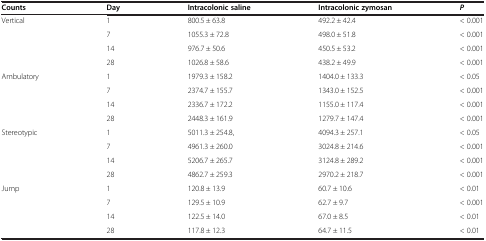
<table><thead><tr><td><b>Counts</b></td><td><b>Day</b></td><td><b>Intracolonic saline</b></td><td><b>Intracolonic zymosan</b></td><td><b><i>P</i></b></td></tr></thead><tbody><tr><td>Vertical</td><td>1</td><td>800.5 ± 63.8</td><td>492.2 ± 42.4</td><td>&lt; 0.001</td></tr><tr><td> </td><td>7</td><td>1055.3 ± 72.8</td><td>498.0 ± 51.8</td><td>&lt; 0.001</td></tr><tr><td> </td><td>14</td><td>976.7 ± 50.6</td><td>450.5 ± 53.2</td><td>&lt; 0.001</td></tr><tr><td> </td><td>28</td><td>1026.8 ± 58.6</td><td>438.2 ± 49.9</td><td>&lt; 0.001</td></tr><tr><td>Ambulatory</td><td>1</td><td>1979.3 ± 158.2</td><td>1404.0 ± 133.3</td><td>&lt; 0.05</td></tr><tr><td> </td><td>7</td><td>2374.7 ± 155.7</td><td>1343.0 ± 152.5</td><td>&lt; 0.001</td></tr><tr><td> </td><td>14</td><td>2336.7 ± 172.2</td><td>1155.0 ± 117.4</td><td>&lt; 0.001</td></tr><tr><td> </td><td>28</td><td>2448.3 ± 161.9</td><td>1279.7 ± 147.4</td><td>&lt; 0.001</td></tr><tr><td>Stereotypic</td><td>1</td><td>5011.3 ± 254.8,</td><td>4094.3 ± 257.1</td><td>&lt; 0.05</td></tr><tr><td> </td><td>7</td><td>4961.3 ± 260.0</td><td>3024.8 ± 214.6</td><td>&lt; 0.001</td></tr><tr><td> </td><td>14</td><td>5206.7 ± 265.7</td><td>3124.8 ± 289.2</td><td>&lt; 0.001</td></tr><tr><td> </td><td>28</td><td>4862.7 ± 259.3</td><td>2970.2 ± 218.7</td><td>&lt; 0.001</td></tr><tr><td>Jump</td><td>1</td><td>120.8 ± 13.9</td><td>60.7 ± 10.6</td><td>&lt; 0.01</td></tr><tr><td> </td><td>7</td><td>129.5 ± 10.9</td><td>62.7 ± 9.7</td><td>&lt; 0.001</td></tr><tr><td> </td><td>14</td><td>122.5 ± 14.0</td><td>67.0 ± 8.5</td><td>&lt; 0.01</td></tr><tr><td> </td><td>28</td><td>117.8 ± 12.3</td><td>64.7 ± 11.5</td><td>&lt; 0.01</td></tr></tbody></table>